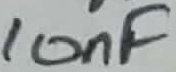
Text: 10nF